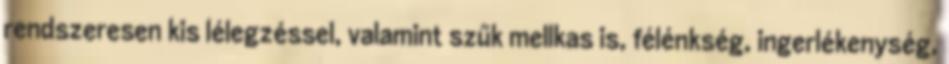
rendszeresen kis lélegzéssel, valamint szűk mellkas is, félénkség, ingerlékenység,